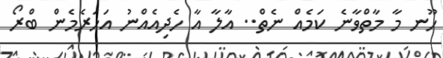
ހޫނ މާ މާތްވާނެ ކަމެއް ނެތް.. އާލާ އާ ހެދިއެއްނު އަހަރެމެން ބްރޯ